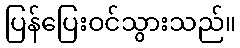
ပြန်ပြေးဝင်သွားသည်။